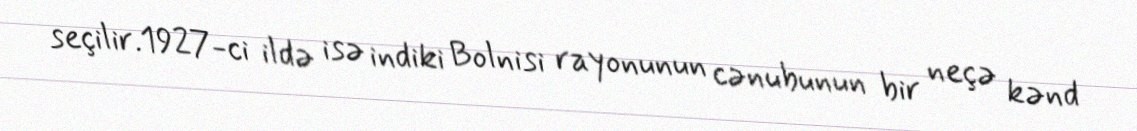
seçilir.1927-ci ildə isə indiki Bolnisi rayonunun cənubunun bir neçə kənd